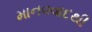
માનવવાદથી